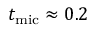
t _ { \mathrm { m i c } } \approx 0 . 2